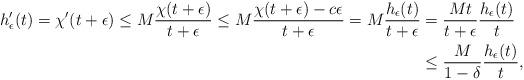
LaTeX: \begin{align*} h_{\epsilon}'(t)=\chi'(t+\epsilon)\leq M\dfrac{\chi (t+\epsilon)}{t+\epsilon} \leq M\dfrac{\chi(t+\epsilon)-c\epsilon}{t+\epsilon} =M\dfrac{h_{\epsilon}(t)}{t+\epsilon} &=\dfrac{M t}{t+\epsilon}\dfrac{h_{\epsilon}(t)}{t}\\ &\leq \dfrac{M }{1-\delta}\dfrac{h_{\epsilon}(t)}{t}, \end{align*}